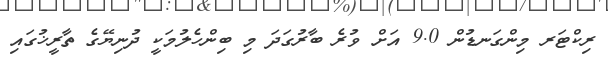
ރިކްޓަރ މިންގަނޑުން 9.0 އަށް ވުރެ ބާރުގަދަ މި ބިންހެލުމަކީ ދުނިޔޭގެ ތާރީޚުގައި